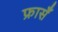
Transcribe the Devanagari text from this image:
फ्रासँ